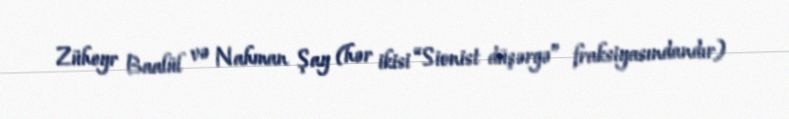
Züheyr Baalül və Nahman Şay (hər ikisi “Sionist düşərgə” fraksiyasındandır)